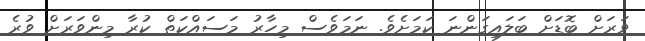
ވަރަށް ބޮޑަށް ބަލައިގަންނަ ކަމަށެވެ. ނަމަވެސް މިހާރު މަސައްކަތް ކުރާ މިންވަރަށް ވުރެ